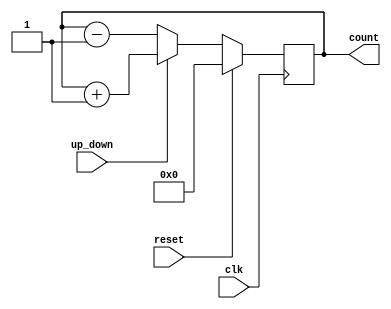
//N-bit parameterized up-down counter with synchronous reset
//The counter counts up when the input up_down is at logic level '1' and counts down otherwise
module counter_up_down #(parameter WIDTH = 16)
  (input clk, reset, up_down,
   output reg [WIDTH-1:0] count);
  always @(posedge clk)
    begin
      if(reset)
        count <= 0;
      else if(up_down)
        count <= count + 1;
      else
        count <= count - 1;
    end
endmodule